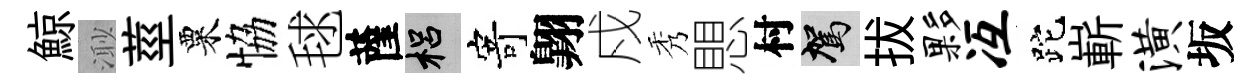
鯨𣺌莖粟恊毬薩梠寄翺戍秀愳村駕拔夥冱跎嶄潢坂